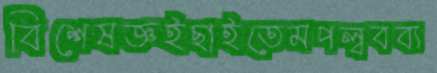
বিশেষজ্ঞইছাইতেমপল্ববব্য